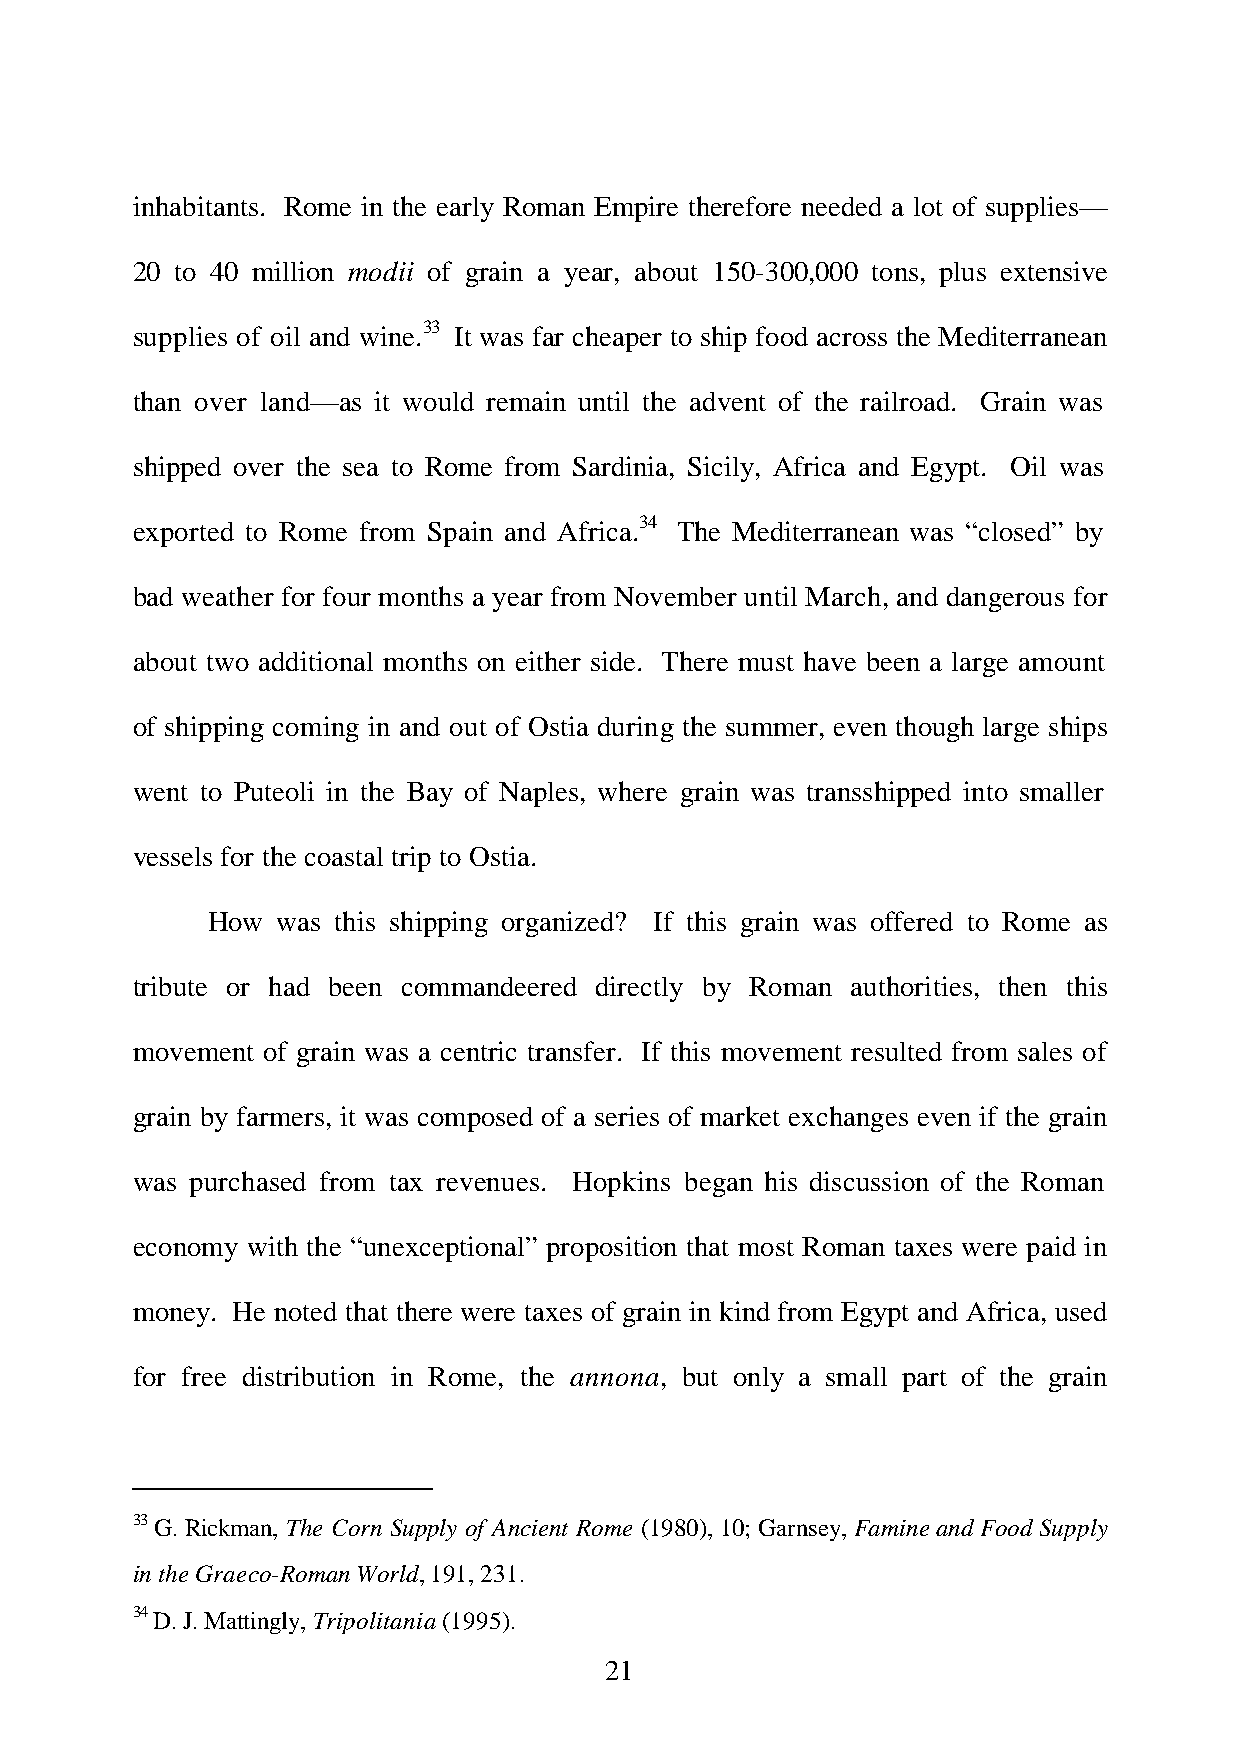
inhabitants. Rome in the early Roman Empire therefore needed a lot of supplies—
 20 to 40 million modii of grain a year, about 150-300,000 tons, plus extensive
 supplies of oil and wine.33 It was far cheaper to ship food across the Mediterranean
 than over land—as it would remain until the advent of the railroad. Grain was
 shipped over the sea to Rome from Sardinia, Sicily, Africa and Egypt. Oil was
 exported to Rome from Spain and Africa.34 The Mediterranean was “closed” by
 bad weather for four months a year from November until March, and dangerous for
 about two additional months on either side. There must have been a large amount
 of shipping coming in and out of Ostia during the summer, even though large ships
 went to Puteoli in the Bay of Naples, where grain was transshipped into smaller
 vessels for the coastal trip to Ostia.
 How was this shipping organized? If this grain was offered to Rome as
 tribute or had been commandeered directly by Roman authorities, then this
 movement of grain was a centric transfer. If this movement resulted from sales of
 grain by farmers, it was composed of a series of market exchanges even if the grain
 was purchased from tax revenues. Hopkins began his discussion of the Roman
 economy with the “unexceptional” proposition that most Roman taxes were paid in
 money. He noted that there were taxes of grain in kind from Egypt and Africa, used
 for free distribution in Rome, the annona, but only a small part of the grain
 33 G. Rickman, The Corn Supply of Ancient Rome (1980), 10; Garnsey, Famine and Food Supply
 in the Graeco-Roman World, 191, 231.
 34 D. J. Mattingly, Tripolitania (1995).
 21